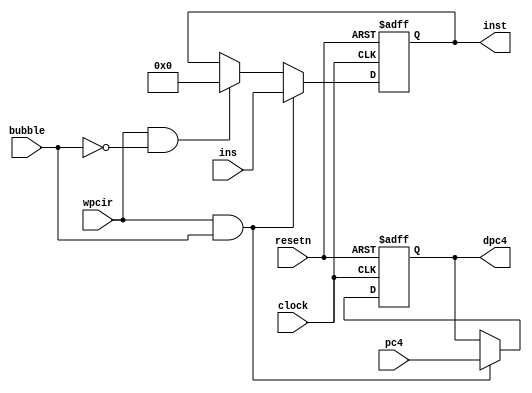
module pipeir (pc4, ins, wpcir, clock, resetn, dpc4, inst, bubble);
//IF/ID  IF  ID 
// clock  IF  ID  IF/ID 
// ID 
	input [31:0] pc4, ins;
	input wpcir, clock, resetn, bubble;
	output [31:0] dpc4, inst;
	reg    [31:0]  dpc4, inst;
	 
	always @(posedge clock or negedge resetn)
	begin
		if (resetn == 0)
		begin
			dpc4 <= 0;
			inst <= 0;  
		end
		else if(wpcir & bubble)	//
		begin
			dpc4 <= pc4;  
			inst <= ins;
		end
		else if(wpcir & ~bubble)	// 
		begin 
			inst <= 0;
		end		
	end	
endmodule